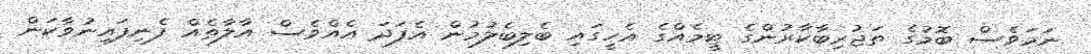
ނަމަވެސް ބޮމުގެ ތަޖުރިބާކާރުންގެ ޓީމެއްގެ އެހީގައި ބެލިބެލުމުން އެފަދަ އެއްވެސް އާލާތެއް ފެނިފައިނުވާކަން